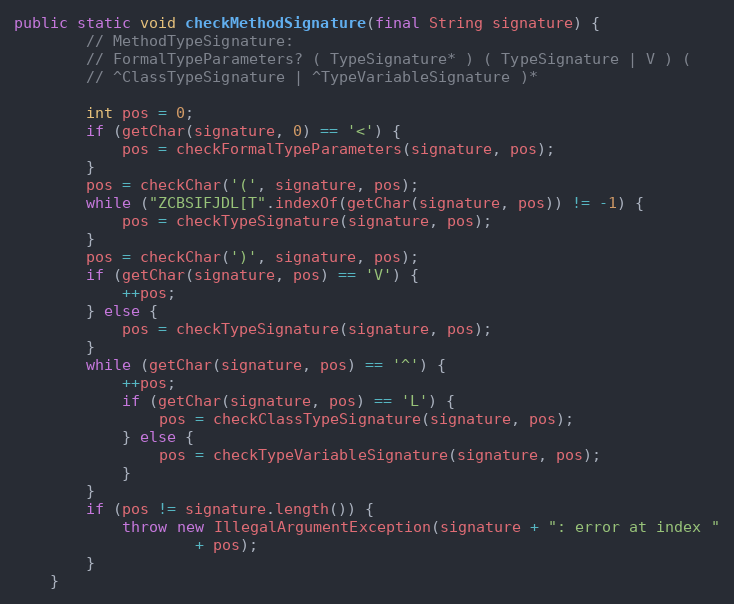
Language: Java
public static void checkMethodSignature(final String signature) {
        // MethodTypeSignature:
        // FormalTypeParameters? ( TypeSignature* ) ( TypeSignature | V ) (
        // ^ClassTypeSignature | ^TypeVariableSignature )*

        int pos = 0;
        if (getChar(signature, 0) == '<') {
            pos = checkFormalTypeParameters(signature, pos);
        }
        pos = checkChar('(', signature, pos);
        while ("ZCBSIFJDL[T".indexOf(getChar(signature, pos)) != -1) {
            pos = checkTypeSignature(signature, pos);
        }
        pos = checkChar(')', signature, pos);
        if (getChar(signature, pos) == 'V') {
            ++pos;
        } else {
            pos = checkTypeSignature(signature, pos);
        }
        while (getChar(signature, pos) == '^') {
            ++pos;
            if (getChar(signature, pos) == 'L') {
                pos = checkClassTypeSignature(signature, pos);
            } else {
                pos = checkTypeVariableSignature(signature, pos);
            }
        }
        if (pos != signature.length()) {
            throw new IllegalArgumentException(signature + ": error at index "
                    + pos);
        }
    }